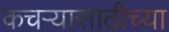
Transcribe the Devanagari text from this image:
कचऱ्यासाठीच्या